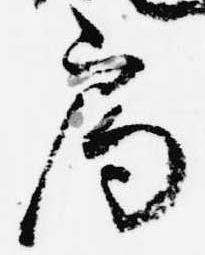
局